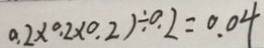
0 . 2 \times 0 . 2 \times 0 . 2 ) \div 0 . 2 = 0 . 0 4